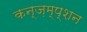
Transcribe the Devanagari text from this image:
कन्ज़म्प्शन